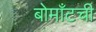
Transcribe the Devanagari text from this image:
बोमाँटची